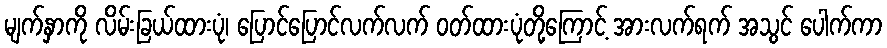
မျက်နှာကို လိမ်းခြယ်ထားပုံ၊ ပြောင်ပြောင်လက်လက် ဝတ်ထားပုံတို့ကြောင့် အားလက်ရက် အသွင် ပေါက်ကာ